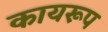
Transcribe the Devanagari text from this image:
कायरूप